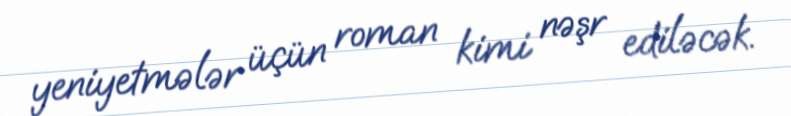
yeniyetmələr üçün roman kimi nəşr ediləcək.